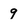
Character: 9